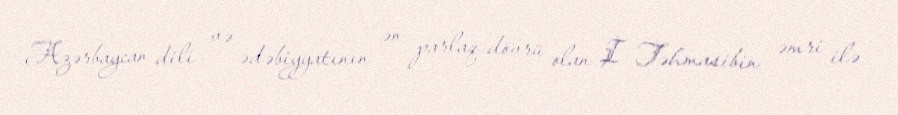
Azərbaycan dili və ədəbiyyatının ən parlaq dövrü olan I Təhmasibin əmri ilə